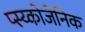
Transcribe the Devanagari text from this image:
प्स्य्कोजेनिक